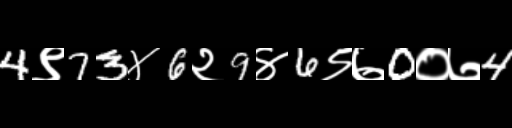
Text: 4९73४6२9४6९७0०७4